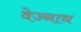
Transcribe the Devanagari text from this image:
वेज्नाथ